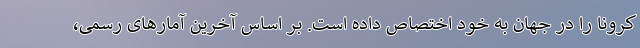
کرونا را در جهان به خود اختصاص داده است. بر اساس آخرین آمارهای رسمی،